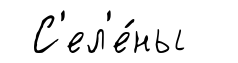
С'ел'е́ны